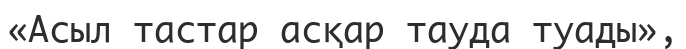
«Асыл тастар асқар тауда туады»,